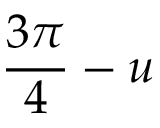
\frac { 3 \pi } { 4 } - u